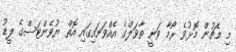
މި މެޗުން މޮޅުވެ ރޯމާ ވަނީ ތާވަލްގެ އެއްވަނައިގައި އޮތް ޔުވެންޓަސްގެ ލީޑު